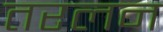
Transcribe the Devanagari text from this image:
तरलन